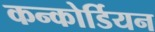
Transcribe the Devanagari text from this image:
कन्कोर्डियन